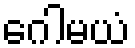
ဂေါမယံ